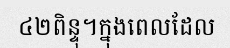
៤២ពិន្ទុ។ក្នុងពេលដែល